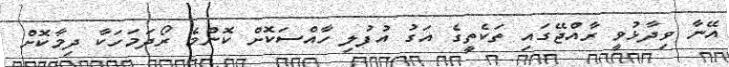
އޭނާ ވިދާޅުވީ ރާއްޖޭގައި ތަކެތީގެ އަގު އުފުލި ހާއްސަކޮށް ކޮންމެ ރޯދަމަހަކާ ދިމާކޮށް